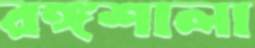
রঙ্গশালা